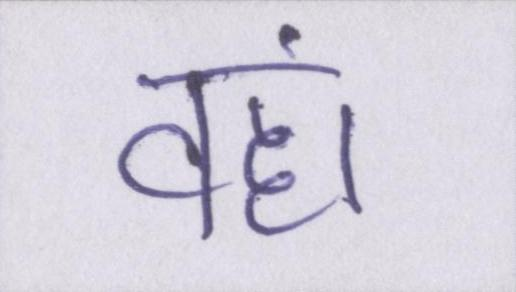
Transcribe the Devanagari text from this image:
वहां